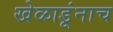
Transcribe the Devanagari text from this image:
खेळाडूंनाच